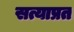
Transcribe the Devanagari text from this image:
सत्याप्रत